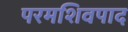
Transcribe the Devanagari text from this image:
परमशिवपाद